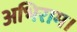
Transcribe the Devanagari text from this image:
अभिराम।